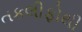
તકલીફોથી